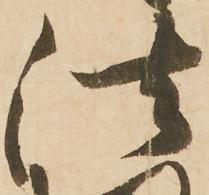
法